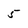
Character: 5